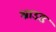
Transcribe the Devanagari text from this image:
श्राउड